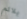
يلائم